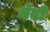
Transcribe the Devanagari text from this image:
मॅडो